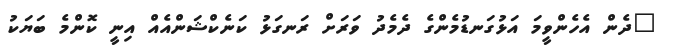
"ދެން އެހެންވީމަ އަޅުގަނޑުމެންގެ ދެމެދު ވަރަށް ރަނގަޅު ކަނެކްޝަންއެއް އިނީ ކޮންމެ ބަޔަކު